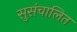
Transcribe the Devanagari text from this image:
सुसंचालित